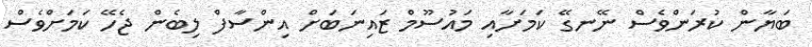
ބަޔާން ކުރަންވެސް ނޭނގޭ ކަމަށާއި މައުސޫމް ޒައިނަބަށް އިންސާފް ލިބެން ޖެހޭ ކަމަށްވެސް